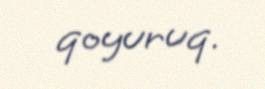
qoyuruq.